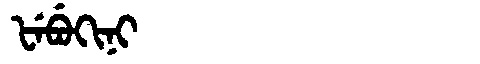
Manchu: ᡶᡝᠪᡠᡴᡳᠨᡳ
Romanization: FEBUKINI